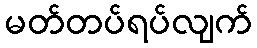
မတ်တပ်ရပ်လျက်